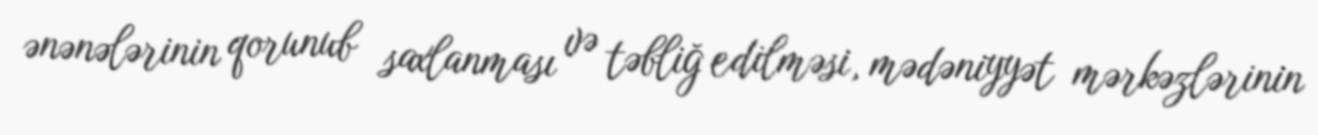
ənənələrinin qorunub saxlanması və təbliğ edilməsi, mədəniyyət mərkəzlərinin